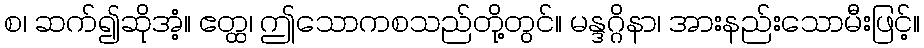
စ၊ ဆက်၍ဆိုအံ့။ ဧတ္ထ၊ ဤသောကစသည်တို့တွင်။ မန္ဒဂ္ဂိနာ၊ အားနည်းသောမီးဖြင့်။